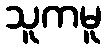
သူကမူ